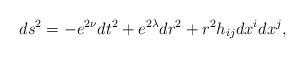
LaTeX: \begin{align*}ds^2 = -e^{2\nu}dt^2 +e^{2\lambda}dr^2 +r^2 h_{ij}dx^idx^j,\end{align*}